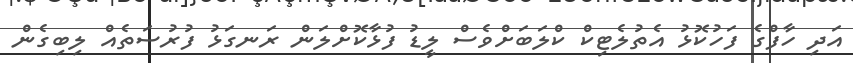
އަދި ހާފްގެ ފަހުކޮޅު އެތުލެޓިކް ކްލަބަށްވެސް ލީޑު ފުޅާކޮށްލަން ރަނގަޅު ފުރުސަތެއް ލިބިގެން